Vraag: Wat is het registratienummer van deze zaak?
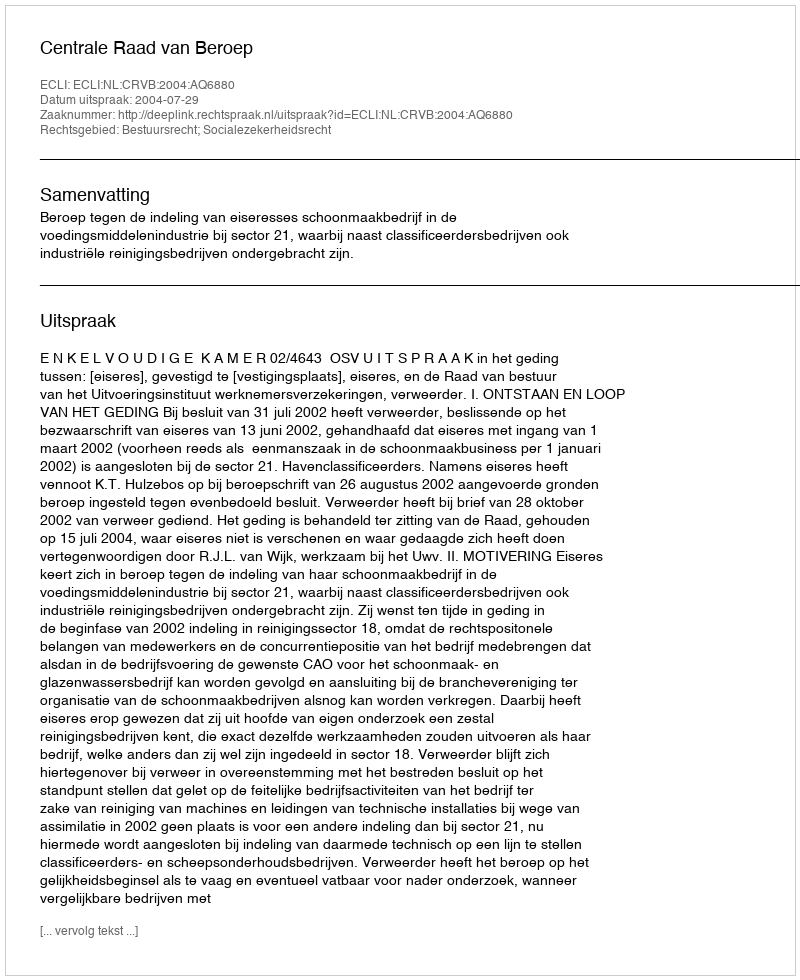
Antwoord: http://deeplink.rechtspraak.nl/uitspraak?id=ECLI:NL:CRVB:2004:AQ6880